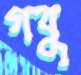
গবু